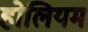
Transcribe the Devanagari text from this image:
होलियम